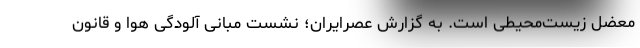
معضل زیست‌محیطی است. به گزارش عصرایران؛ نشست مبانی آلودگی هوا و قانون